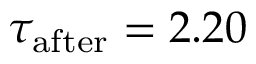
\tau _ { \mathrm { a f t e r } } = 2 . 2 0